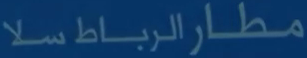
مطارالرباطسلا